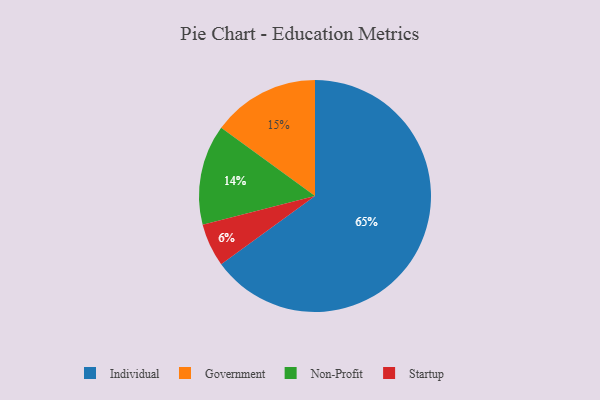
{"axis": {"x": "Category", "y": "Percentage"}, "legend": ["Government", "Individual", "Non-Profit", "Startup"], "data": [{"x": "Non-Profit", "y": 14, "type": "Non-Profit"}, {"x": "Startup", "y": 6, "type": "Startup"}, {"x": "Individual", "y": 65, "type": "Individual"}, {"x": "Government", "y": 15, "type": "Government"}]}